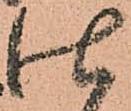
仕